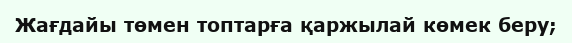
Жағдайы төмен топтарға қаржылай көмек беру;